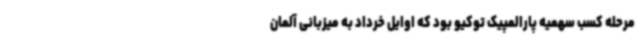
مرحله کسب سهمیه پارالمپیک توکیو بود که اوایل خرداد به میزبانی آلمان